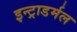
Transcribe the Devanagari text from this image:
इन्ट्राडर्मल